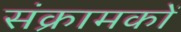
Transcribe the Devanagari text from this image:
संक्रामकों